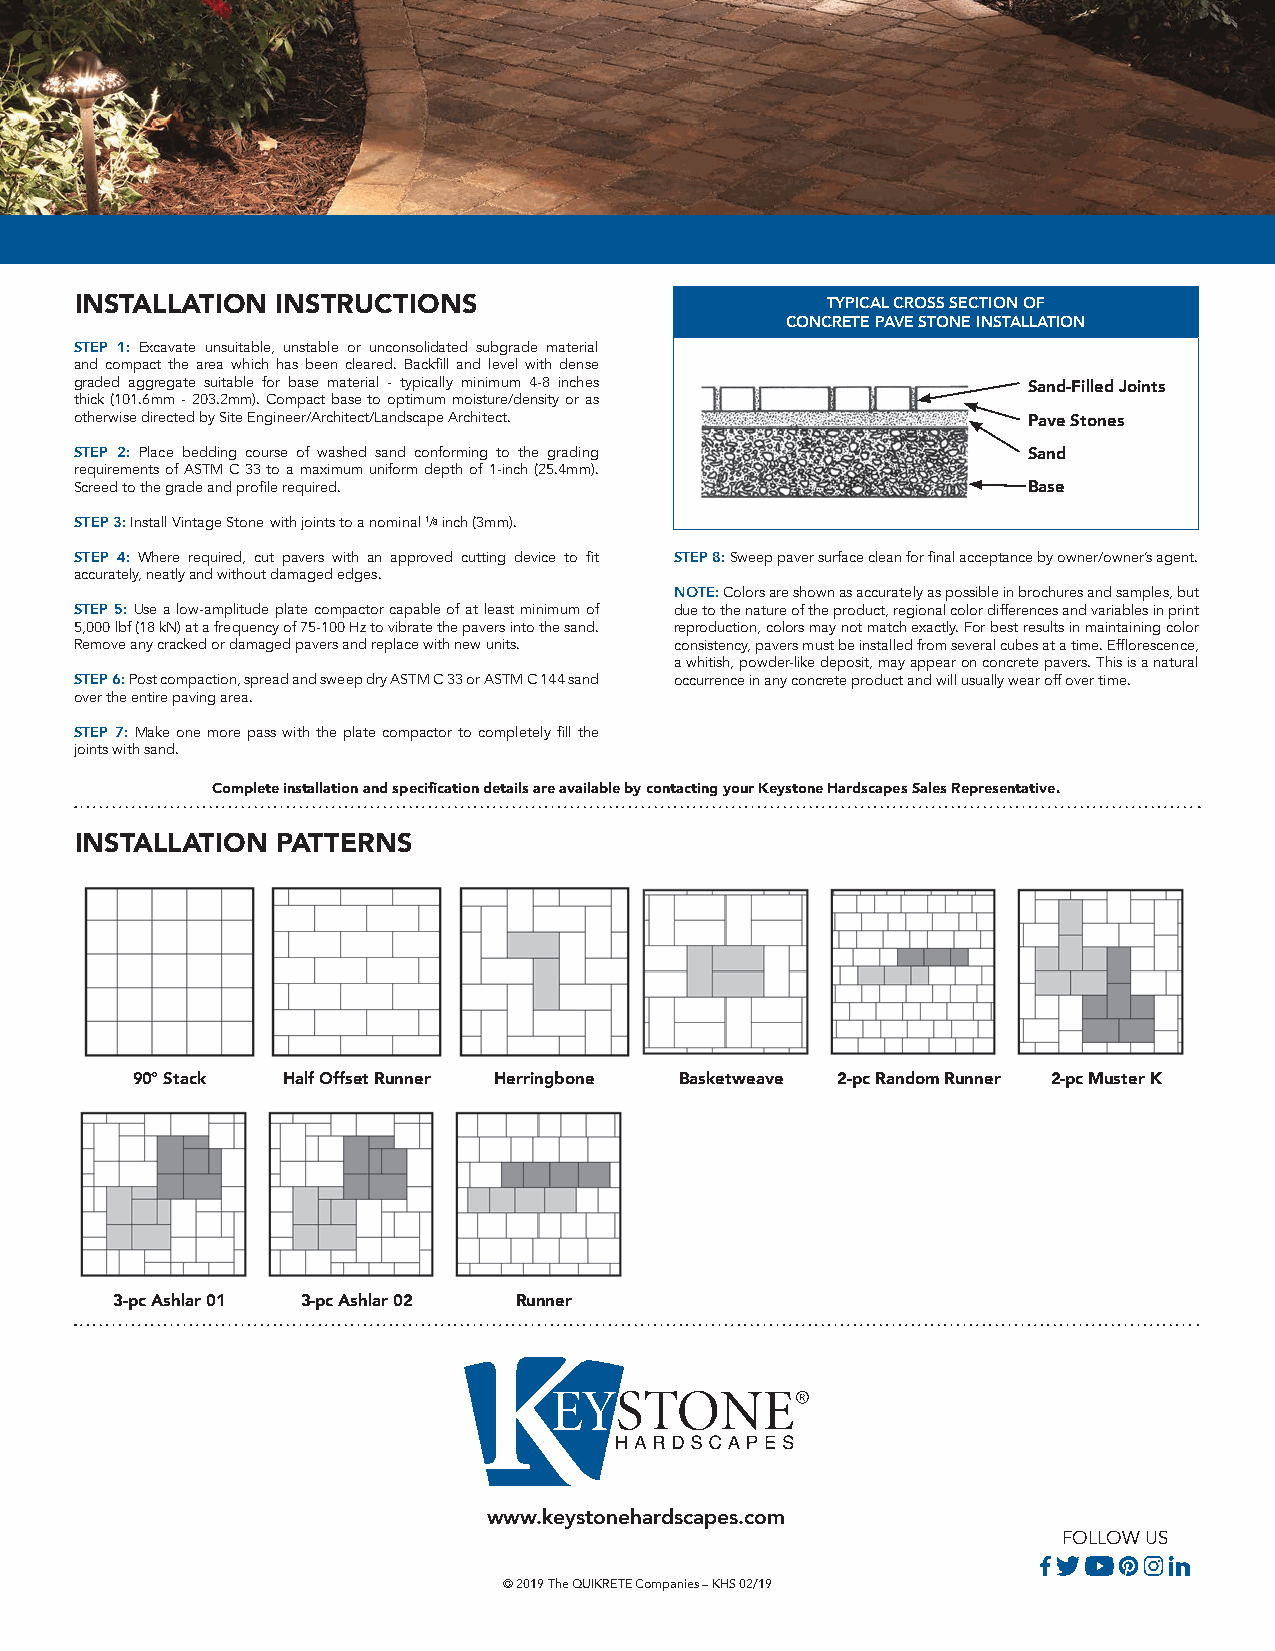
INSTALLATION INSTRUCTIONS                         TYPICAL CROSS SECTION OF
 CONCRETE PAVE STONE INSTALLATION
 STEP 1: Excavate unsuitable, unstable or unconsolidated subgrade material
 and compact the area which has been cleared. Backfill and level with dense
 graded aggregate suitable for base material - typically minimum 4-8 inches
 Sand-Filled Joints
 thick (101.6mm - 203.2mm). Compact base to optimum moisture/density or as
 otherwise directed by Site Engineer/Architect/Landscape Architect. Pave Stones
 STEP 2: Place bedding course of washed sand conforming to the grading Sand
 requirements of ASTM C 33 to a maximum uniform depth of 1-inch (25.4mm).
 Screed to the grade and profile required.                      Base
 STEP 3: Install Vintage Stone with joints to a nominal 1/8 inch (3mm).
 STEP 4: Where required, cut pavers with an approved cutting device to fit STEP 8: Sweep paver surface clean for final acceptance by owner/owner’s agent.
 accurately, neatly and without damaged edges.
 NOTE: Colors are shown as accurately as possible in brochures and samples, but
 STEP 5: Use a low-amplitude plate compactor capable of at least minimum of due to the nature of the product, regional color differences and variables in print
 5,000 lbf (18 kN) at a frequency of 75-100 Hz to vibrate the pavers into the sand. reproduction, colors may not match exactly. For best results in maintaining color
 Remove any cracked or damaged pavers and replace with new units. consistency, pavers must be installed from several cubes at a time. Efflorescence,
 a whitish, powder-like deposit, may appear on concrete pavers. This is a natural
 STEP 6: Post compaction, spread and sweep dry ASTM C 33 or ASTM C 144 sand occurrence in any concrete product and will usually wear off over time.
 over the entire paving area.
 STEP 7: Make one more pass with the plate compactor to completely fill the
 joints with sand.
 Complete installation and specification details are available by contacting your Keystone Hardscapes Sales Representative.
 INSTALLATION PATTERNS
 90º Stack Half Offset Runner Herringbone Basketweave 2-pc Random Runner 2-pc Muster K
 3-pc Ashlar 01 3-pc Ashlar 02 Runner
 www.keystonehardscapes.com
 FOLLOW US
 © 2019 The QUIKRETE Companies – KHS 02/19